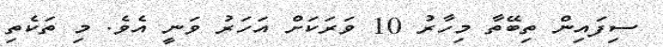
ސިފައިން ތިބޭތާ މިހާރު 10 ވަރަކަށް އަހަރު ވަނީ އެވެ. މި ތަކެތި